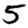
Digit: 5